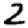
Digit: 2